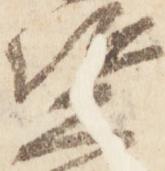
資